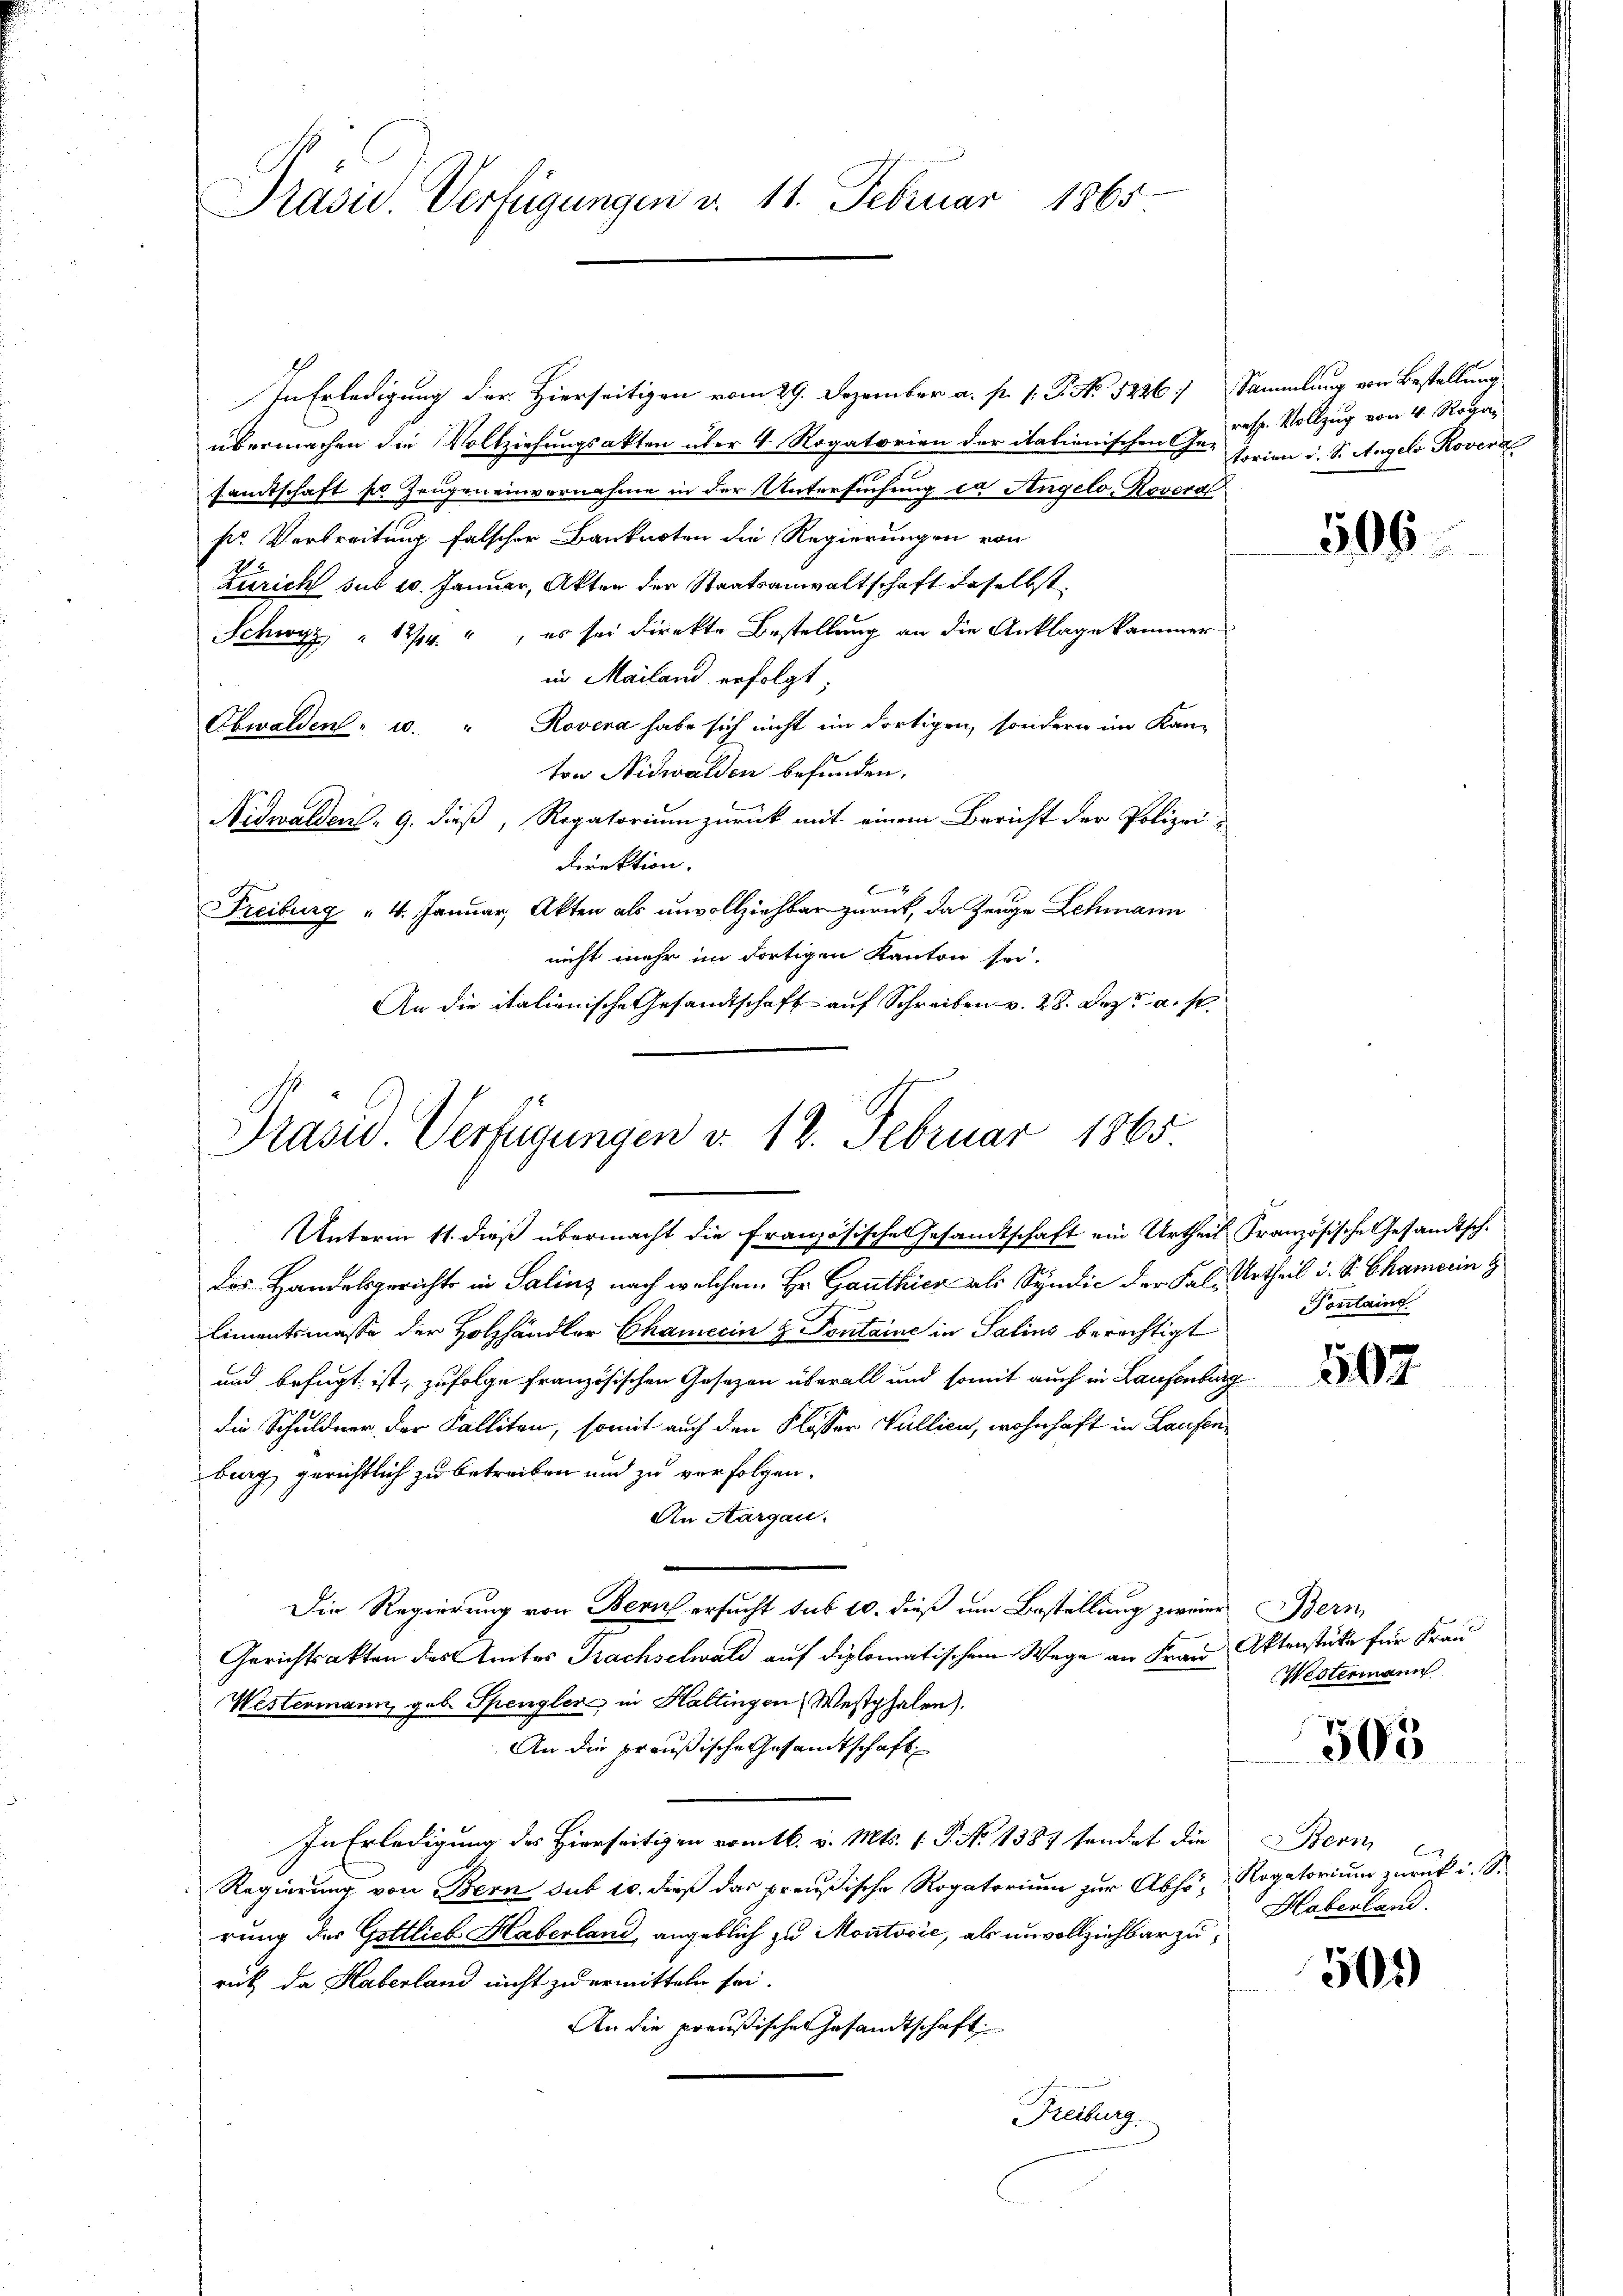
Präsid. Verfügungen v. 11. Februar 1865

übermachen die Vollziehungsakten über 4 Rogatorien der italienischen Ge- Ferien u. S. Angelo Roveri
samtschaft pr. Zeugen einvernahme in der Untersuchung in Angelo-Rovera
sr Verbreitung falscher Banknoten die Regierungen von
Zürich sub 10. Januar, Akten der Staatsanwaltschaft daselbst
Schwyz " 12/4 ", es sei direkte Bestellung an die Anklage kammer
in Mailand erfolgt:
Obwalden, u. " Rovera habe sich nicht im dortigen, sondern im Kan-
ton Nidwalden befunden.
Nidwalden, 9. dieß, Rogatorium zurück mit einem Bericht der Polizei¬
Direktion.
f
Freiburg " 4. Januar, Akten als unvollziehbar zurück, da Zeuge Lehmann
nicht mehr im dortigen Kanton sei.
An die italienische Gesandtschaft auf Schreiben v. 28. Dez. a. p.

Präsid. Verfügungen d. 12. Februar 1865
Unterm 11. dieß übermacht die französische Gesandtschaft ein Urtheil Französische Gesandtsch.

In Erledigung der Hierseitigen vom 29. Dezember a. p. 1. P. No 1286, Sammlung von Bestellung

resp. Vollzug von 4 Rogar

des Handelsgerichts in Salinz nach welchem Hr. Ganthier als Syndić der Fall. Urtheil d. S. Chamerin g
Limentsmasse der Holzhändler Chamerin & Pontaine in Salins berechtigt
und befugt ist, zufolge französischen Gesezen überall und somit auch in Laufenburg
die Schuldner, der Falliten, somit auch den Klasser Wallien, wohnhaft in Laufenburg, gerichtlich zu betreiben und zu verfolgen.
An Aargau.
Die Regierung von Bern ersucht sub 10. dieß um Bestellung zweier Bern
Gerichtsakten des Amtes Prachselwald auf diplomatischem Wege an Frau Aktenstücke für Frau
Westermann, geb. Spengler in Haltingen Westphalen)
An die preußische Gesandtschaft
In Erledigung des Hierseitigen vom 16. v. Mts. 1. P. No 1387 sendet die Bern e
Regierung von Bern sub 10. dieß das preußische Rogatorium zur Abhö- Rogatorium zurück u. S.
rung des Gittlich Haberland, angeblich zu Montović, als unvollziehbar zuruk, da Haberland nicht zu ermitteln sei.
An die preußische Gesandtschaft
Freiburg.

506.

Pontaine

507

Westermann

305

Heberland.

501)